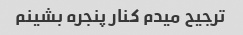
ترجیح میدم کنار پنجره بشینم